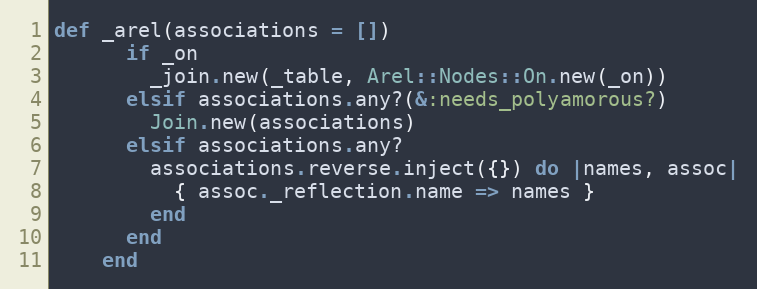
Language: Ruby
def _arel(associations = [])
      if _on
        _join.new(_table, Arel::Nodes::On.new(_on))
      elsif associations.any?(&:needs_polyamorous?)
        Join.new(associations)
      elsif associations.any?
        associations.reverse.inject({}) do |names, assoc|
          { assoc._reflection.name => names }
        end
      end
    end